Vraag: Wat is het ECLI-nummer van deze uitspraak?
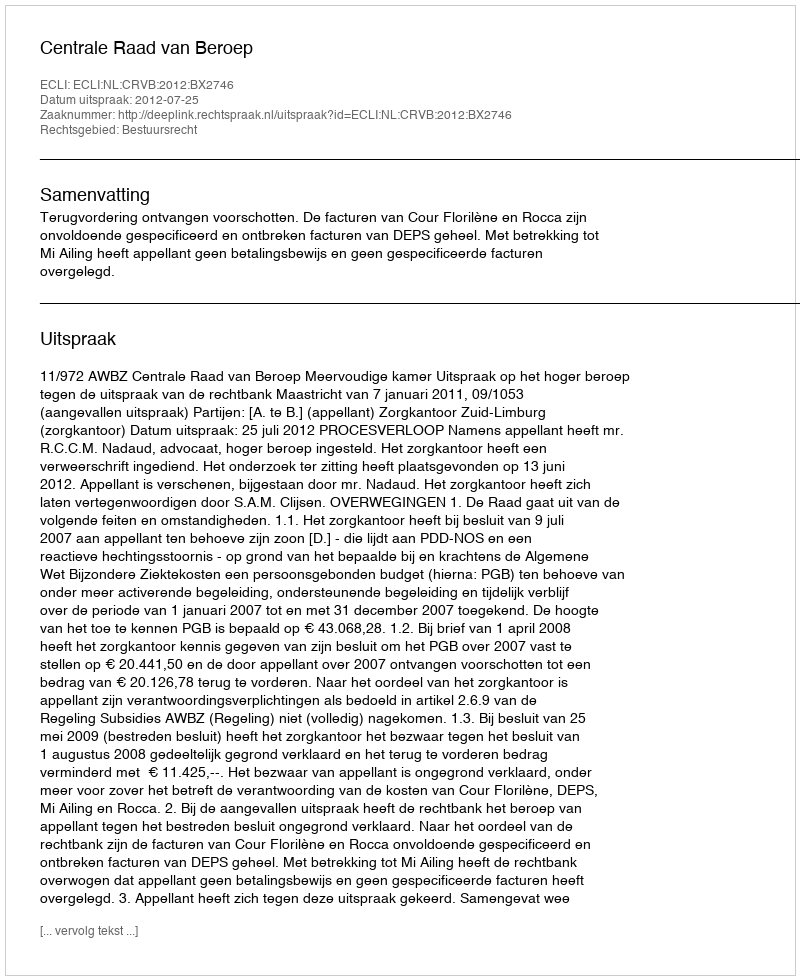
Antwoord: ECLI:NL:CRVB:2012:BX2746